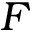
F